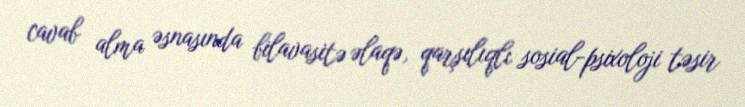
cavab alma əsnasında bilavasitə əlaqə, qarşılıqlı sosial-psixoloji təsir